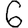
Digit: 6